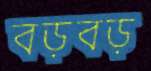
বড়বড়